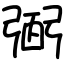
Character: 弻